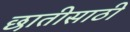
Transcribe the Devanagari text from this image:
छातीसाठी